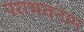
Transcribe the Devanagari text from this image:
पराभवनाम